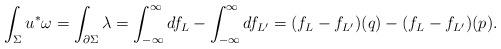
LaTeX: \begin{align*}\int_\Sigma u^*\omega= \int_{\partial\Sigma} \lambda= \int_{-\infty}^\infty df_L - \int_{-\infty}^\infty df_{L'}= (f_L- f_{L'})(q)- (f_L-f_{L'})(p).\end{align*}